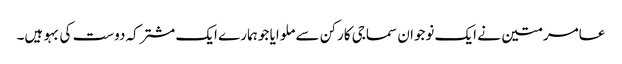
عامر متین نے ایک نوجوان سماجی کارکن سے ملوایا جو ہمارے ایک مشترکہ دوست کی بہو ہیں۔